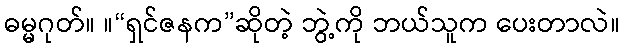
ဓမ္မဂုတ်။ ။“ရှင်ဇနက”ဆိုတဲ့ ဘွဲ့ကို ဘယ်သူက ပေးတာလဲ။